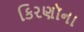
કિરણૉના